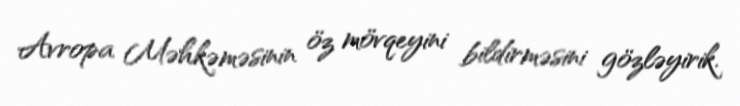
Avropa Məhkəməsinin öz mövqeyini bildirməsini gözləyirik.